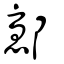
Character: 鄾